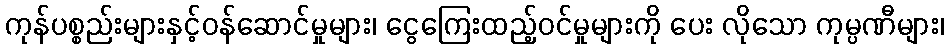
ကုန်ပစ္စည်းများနှင့်ဝန်ဆောင်မှုများ၊ ငွေကြေးထည့်ဝင်မှုများကို ပေး လိုသော ကုမ္ပဏီများ၊